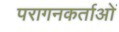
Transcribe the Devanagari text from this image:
परागनकर्ताओं